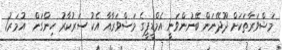
މަޝްވަރާތަކަށް ދޫދޭނަން ބޭނުންވަނީ އެމްޑީޕީގެ މަޝްވަރާއާ އެކު ސަރުކާރު ހިންގަން  އުމަރު1